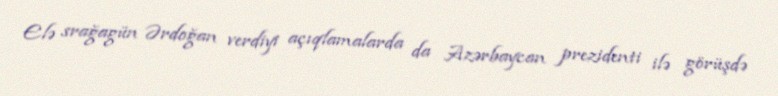
Elə srağagün Ərdoğan verdiyi açıqlamalarda da Azərbaycan prezidenti ilə görüşdə